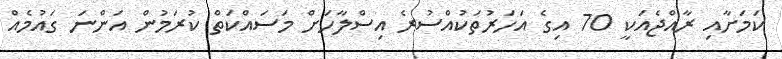
ކަމަށާއި ރާއްޖެއަކީ 70 އިގެ އަހަރުތަކުއްސުރެ އިސްލާހަށް މަސައްކަތް ކުރަމުން އަންނަ ގައުމެއް